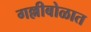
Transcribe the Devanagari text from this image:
गल्लीबोळात